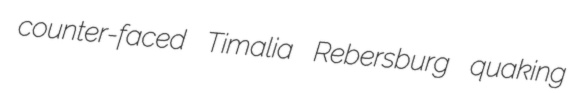
counter-faced Timalia Rebersburg quaking